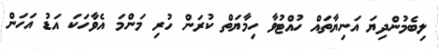
ލިބެމުންދިޔަ އަނިޔާތައް ހުއްޓުވާ ހިމާޔަތް ކުރަން ހުރި މަންމަ އެވާހަކަ އަޑު އަހަން